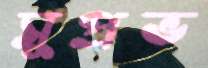
সুপ্রভ